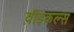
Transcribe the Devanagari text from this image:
व़ीइकल्स